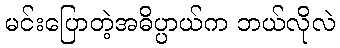
မင်းပြောတဲ့အဓိပ္ပာယ်က ဘယ်လိုလဲ